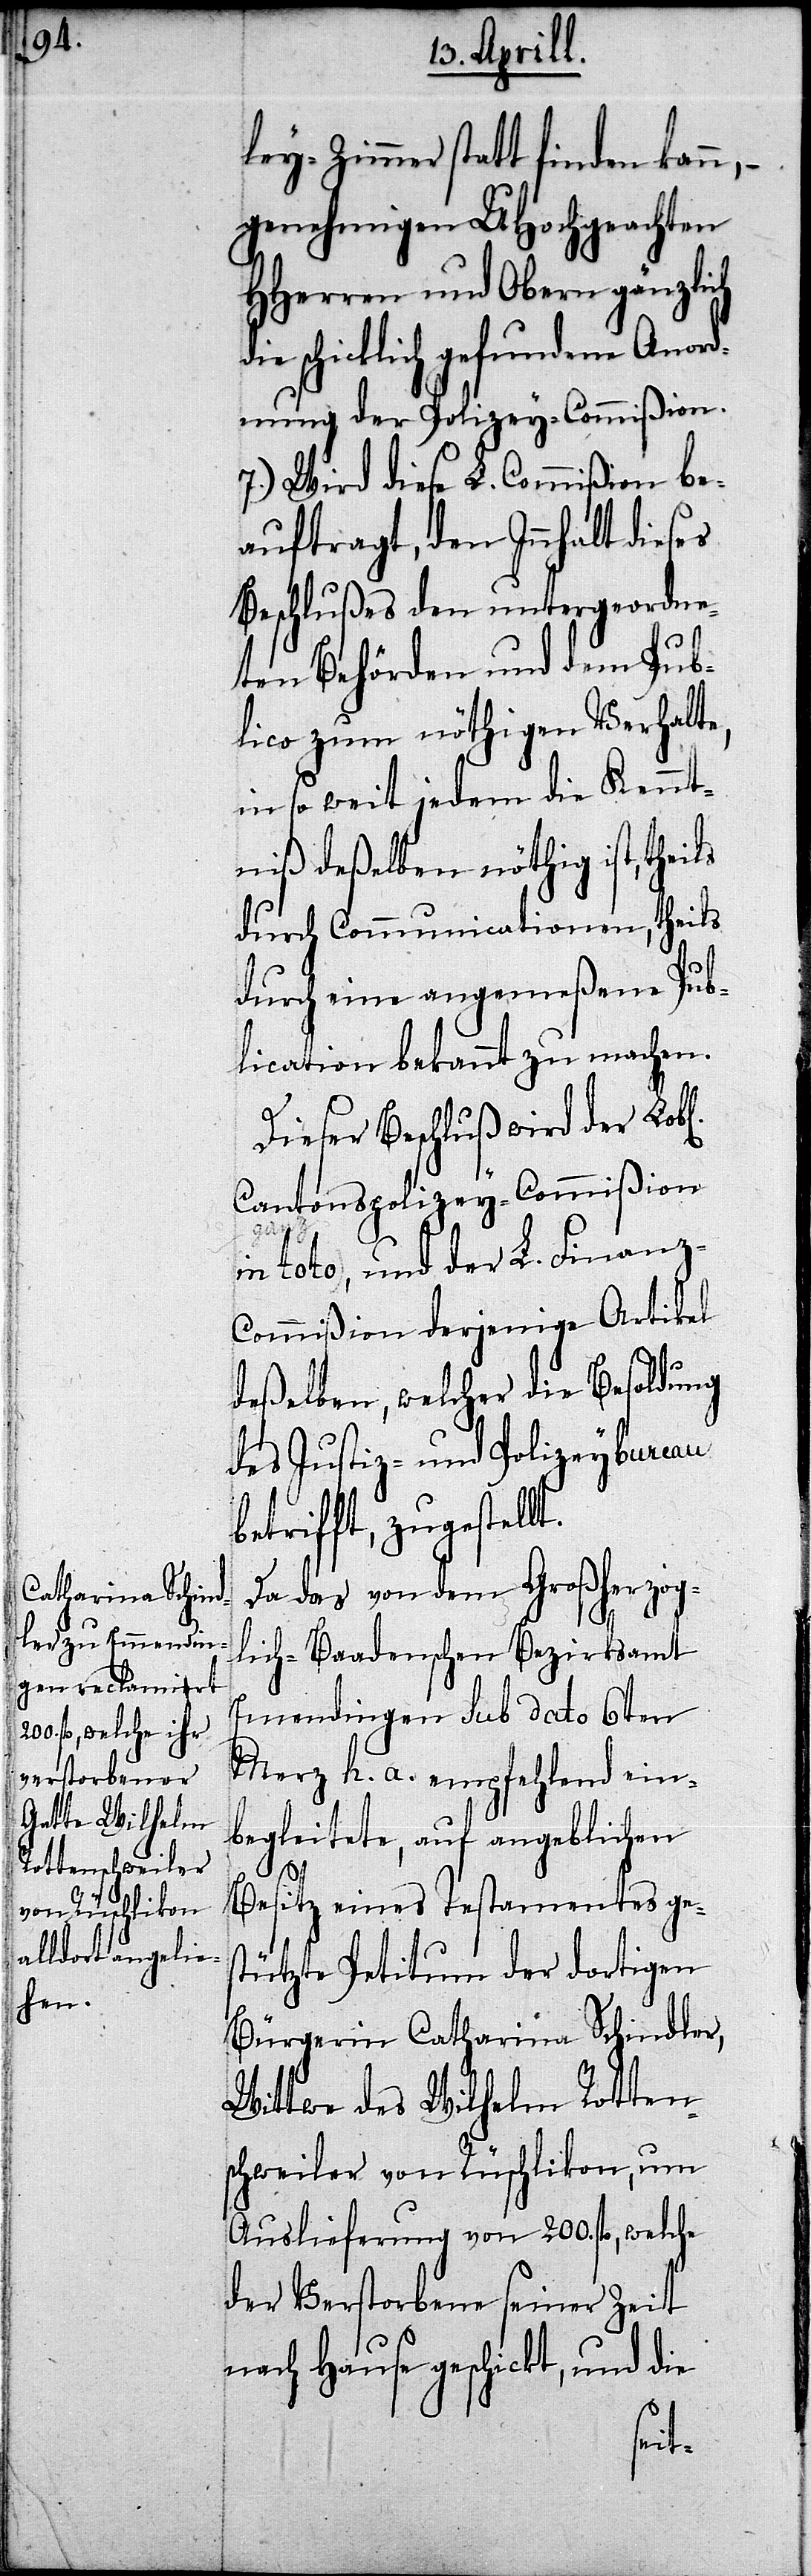
chen].

ley-Zimmer statt finden kann,–
genehmigen UHochgeachten
HHerren und Obern gänzlich
schicklich gefundene Anord¬
nung der Polizey-Commißion.
7.) Wird diese L. Commißion be¬
auftragt, den Innhalt dieses
Beschlußes den untergeordne¬
ten Behörden und dem Pub¬
lico zum nöthigen Verhalte,
in so weit jedem die Kennt¬
niß deßelben nöthig ist, theils
durch Communication, theils
durch eine angemeßene Pub¬
lication bekannt zu machen.
Dieser Beschluß wird der Lob¬
Cantonspolizey-Commißion
t.
in toto, und der L. Finanz-C¬
ommißion derjenige Artikel
deßelben, welcher die Besoldung
des Justiz- und Polizeybureau
betrifft, zugestell¬
l[i¬